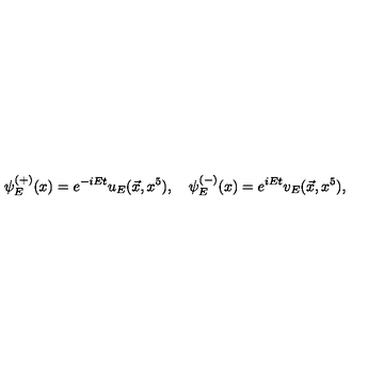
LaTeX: \psi _ { E } ^ { ( + ) } ( x ) = e ^ { - i E t } u _ { E } ( \vec { x } , x ^ { 5 } ) , \quad \psi _ { E } ^ { ( - ) } ( x ) = e ^ { i E t } v _ { E } ( \vec { x } , x ^ { 5 } ) ,